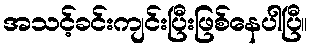
အသင့်ခင်းကျင်းပြီးဖြစ်နေပါပြီ။